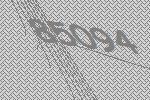
85094